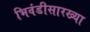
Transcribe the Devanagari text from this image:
भिवंडीसारख्या